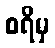
စရိမှ